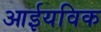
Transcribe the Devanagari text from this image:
आईयविक